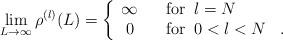
LaTeX: \begin{align*}\lim_{L \rightarrow \infty} \rho^{(l)}(L) =\left\{ \begin{array}{cl}\infty & \; \; \; \mbox{for}\;\; l = N \\0 & \; \; \; \mbox{for}\;\; 0 < l < N \; \; \; .\end{array} \right.\end{align*}